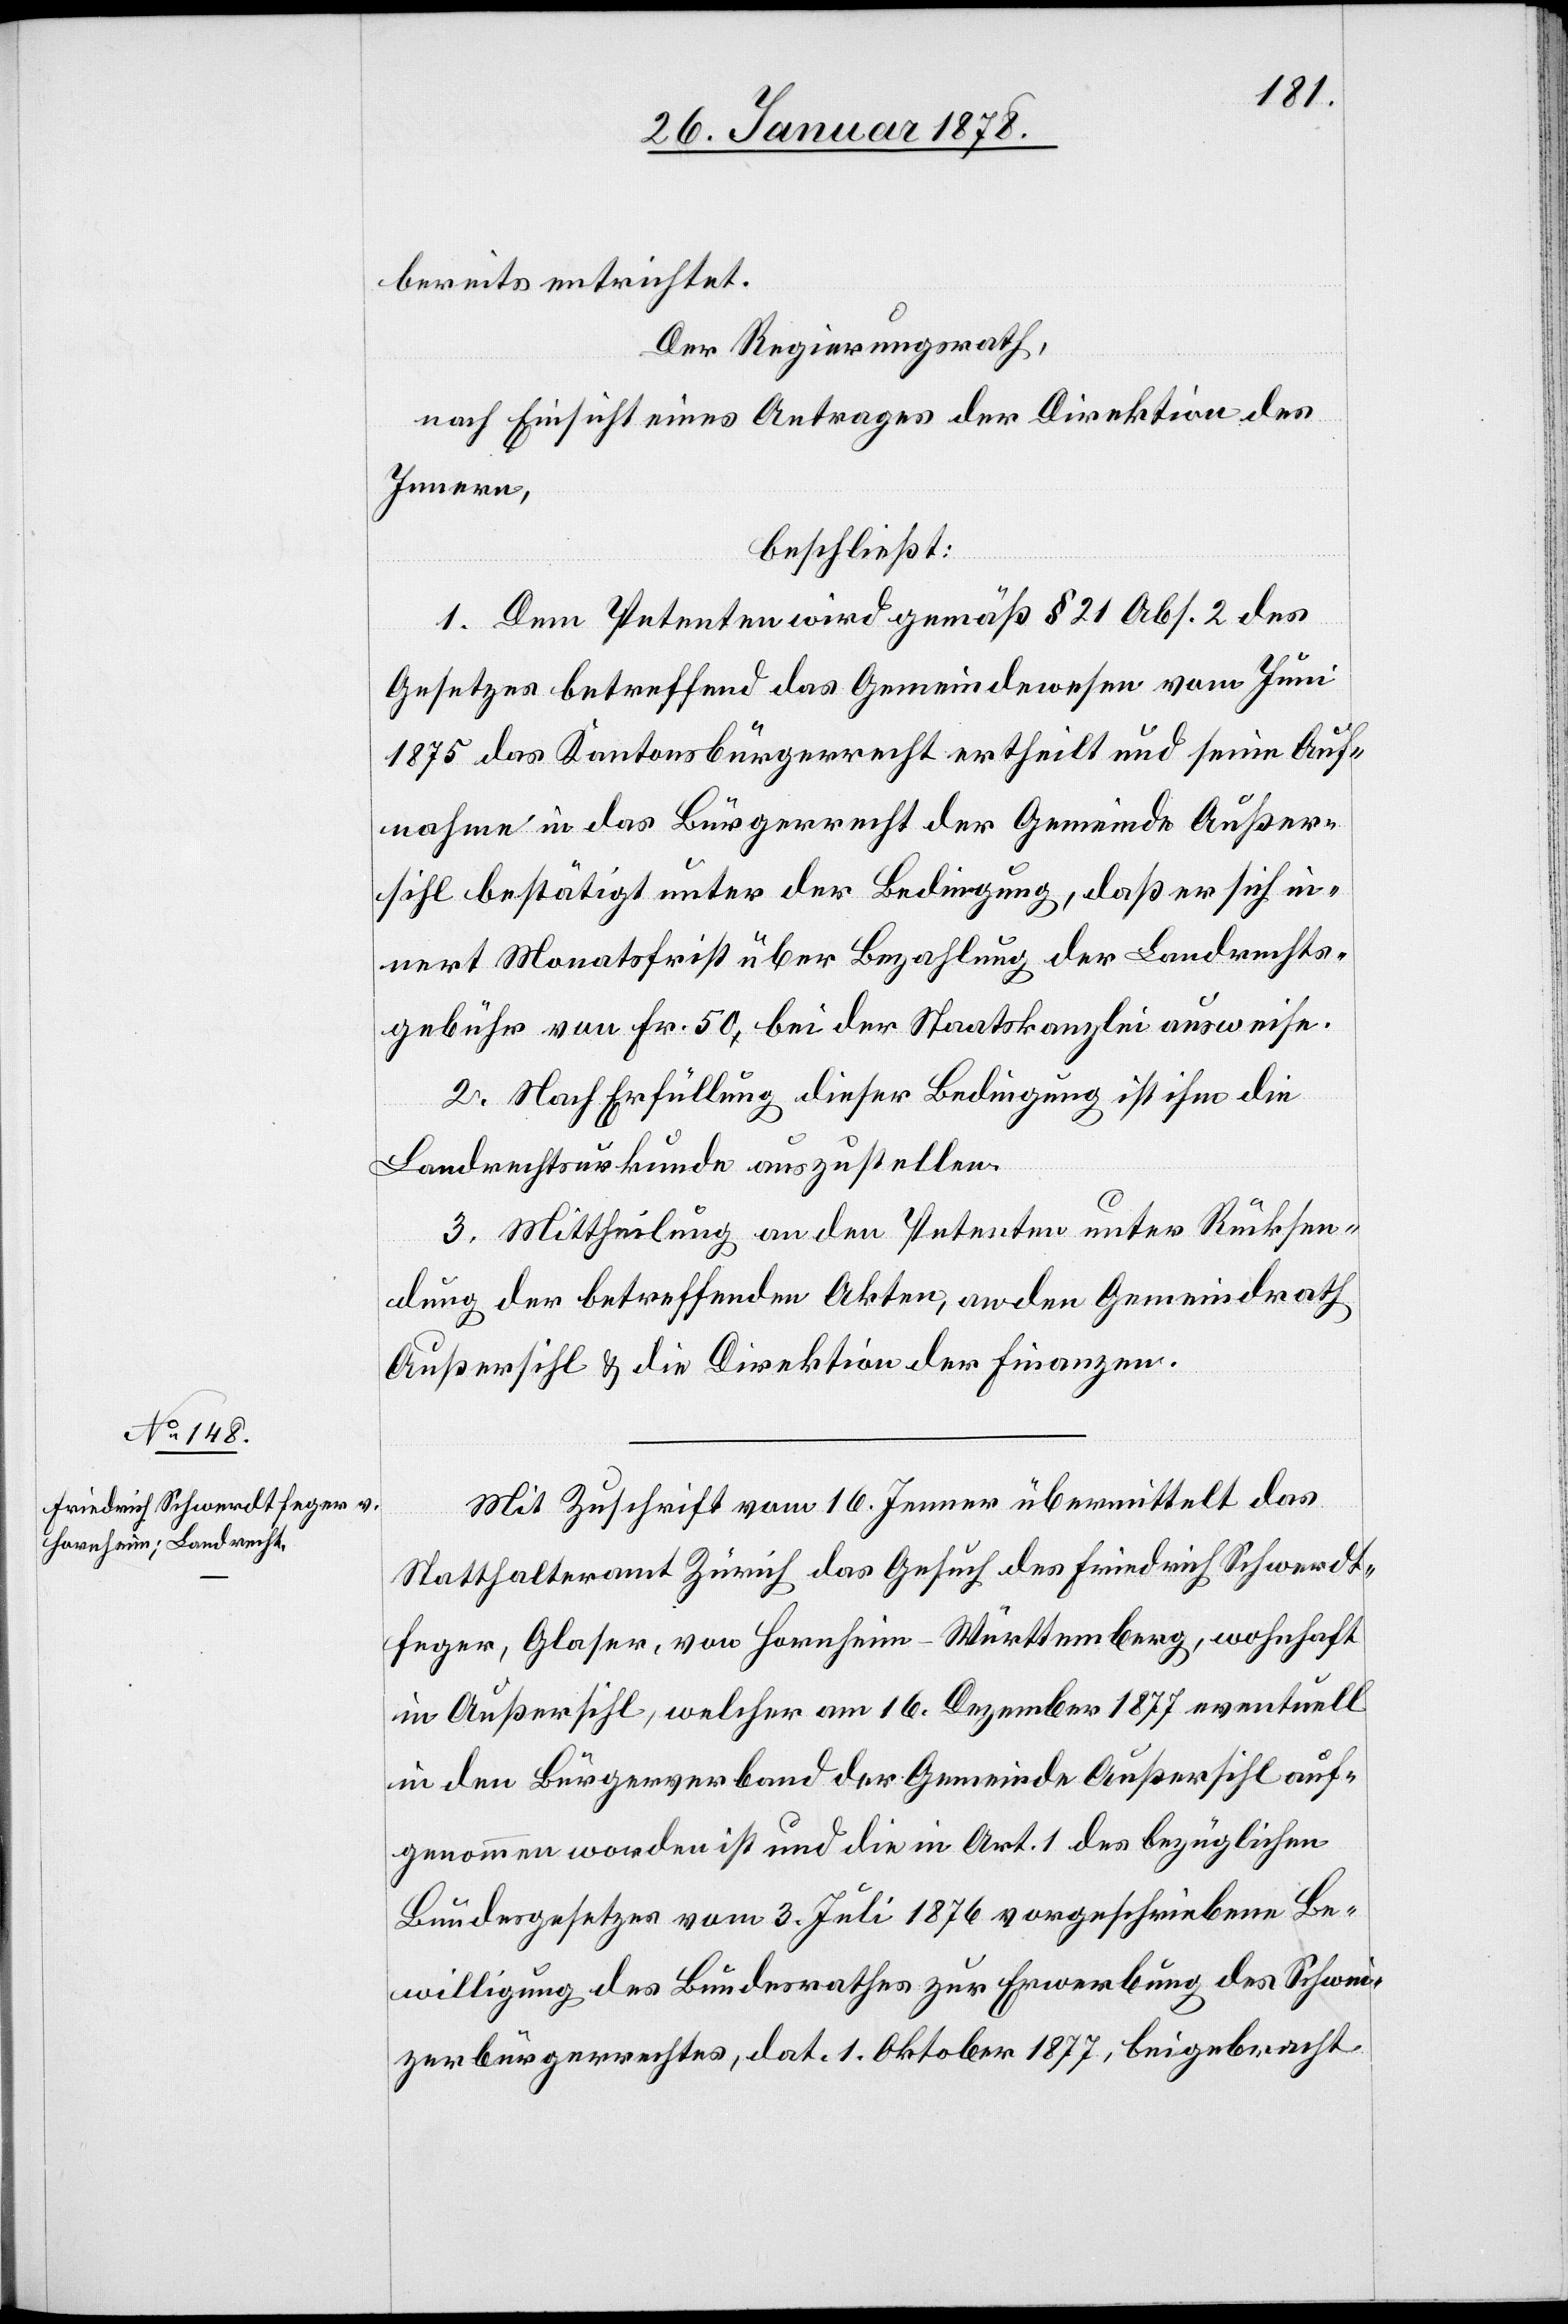
bereits entrichtet.
Der Regierungsrath,
nach Einsicht eines Antrages der Direktion des
Innern
beschließt:
1. Dem Petenten wird gemäß § 21 Abs. 2 des
Gesetzes betreffend das Gemeindwesen vom Juni
1875 das Kantonsbürgerrecht ertheilt und seine Auf¬
nahme in das Bürgerrecht der Gemeinde Außer¬
sihl bestätigt unter der Bedingung, daß er sich in¬
nert Monatsfrist über Bezahlung der Landrechts¬
gebühr von Fr. 50 bei der Staatskanzlei ausweise.
2. Nach Erfüllung dieser Bedingung ist ihm die
Landrechtsurkunde auszustellen.
3. Mittheilung an den Petenten unter Rücksen¬
dung der betreffenden Akten, an den Gemeindrath
Außersihl & die Direktion der Finanzen.
Mit Zuschrift vom 16. Jenner übermittelt das
Statthalteramt Zürich das Gesuch des Friedrich Schwerdt¬
feger, Glaser von Hornheim - Württemberg, wohnhaft
in Außersihl, welcher am 16. Dezember 1877 eventuell
in den Bürgerverband der Gemeinde Außersihl auf¬
genommen worden ist und die in Art. 1 des bezüglichen
Bundesgesetzes vom 3. Juli 1876 vorgeschriebene Be¬
willigung des Bundesrathes zur Erwerbung des Schwei¬
zerbürgerrechtes, dat. 1. Oktober 1877, beigebracht